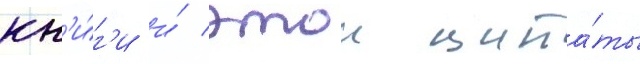
кн'и́г'и и́ этои цита́ты